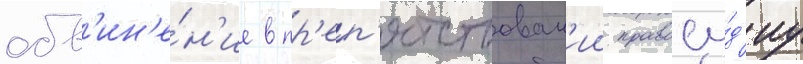
обв'ин'е́н'ие в пр'еп'ятствован'ии правосу́д'иу